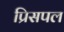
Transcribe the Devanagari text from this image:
प्रिसपल